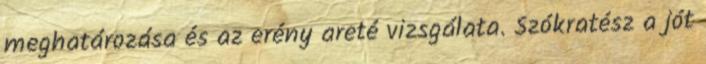
meghatározása és az erény areté vizsgálata. Szókratész a jót